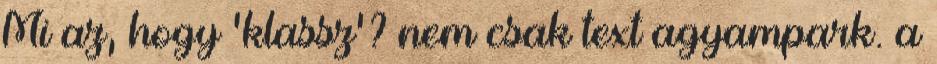
Mi az, hogy 'klassz'? nem csak text agyampark. a